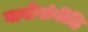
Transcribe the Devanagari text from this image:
गावोंगांवींहि